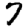
Digit: 7